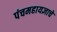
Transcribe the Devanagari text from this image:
पंचमहायज्ञाचे